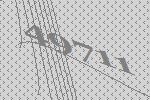
49711